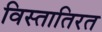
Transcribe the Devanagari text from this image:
विस्तातिरत